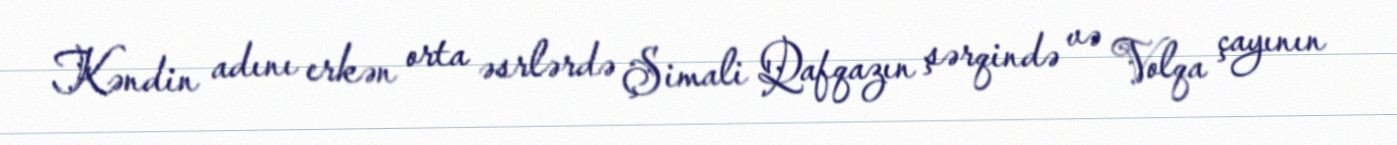
Kəndin adını erkən orta əsrlərdə Şimali Qafqazın şərqində və Volqa çayının